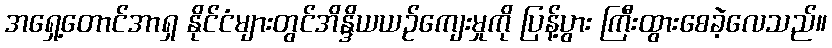
အရှေ့တောင်အာရှ နိုင်ငံများတွင်အိန္ဒိယယဉ်ကျေးမှုကို ပြန့်ပွား ကြီးထွားစေခဲ့လေသည်။